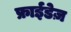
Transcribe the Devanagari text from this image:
फ्राईडेज़